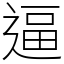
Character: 逼